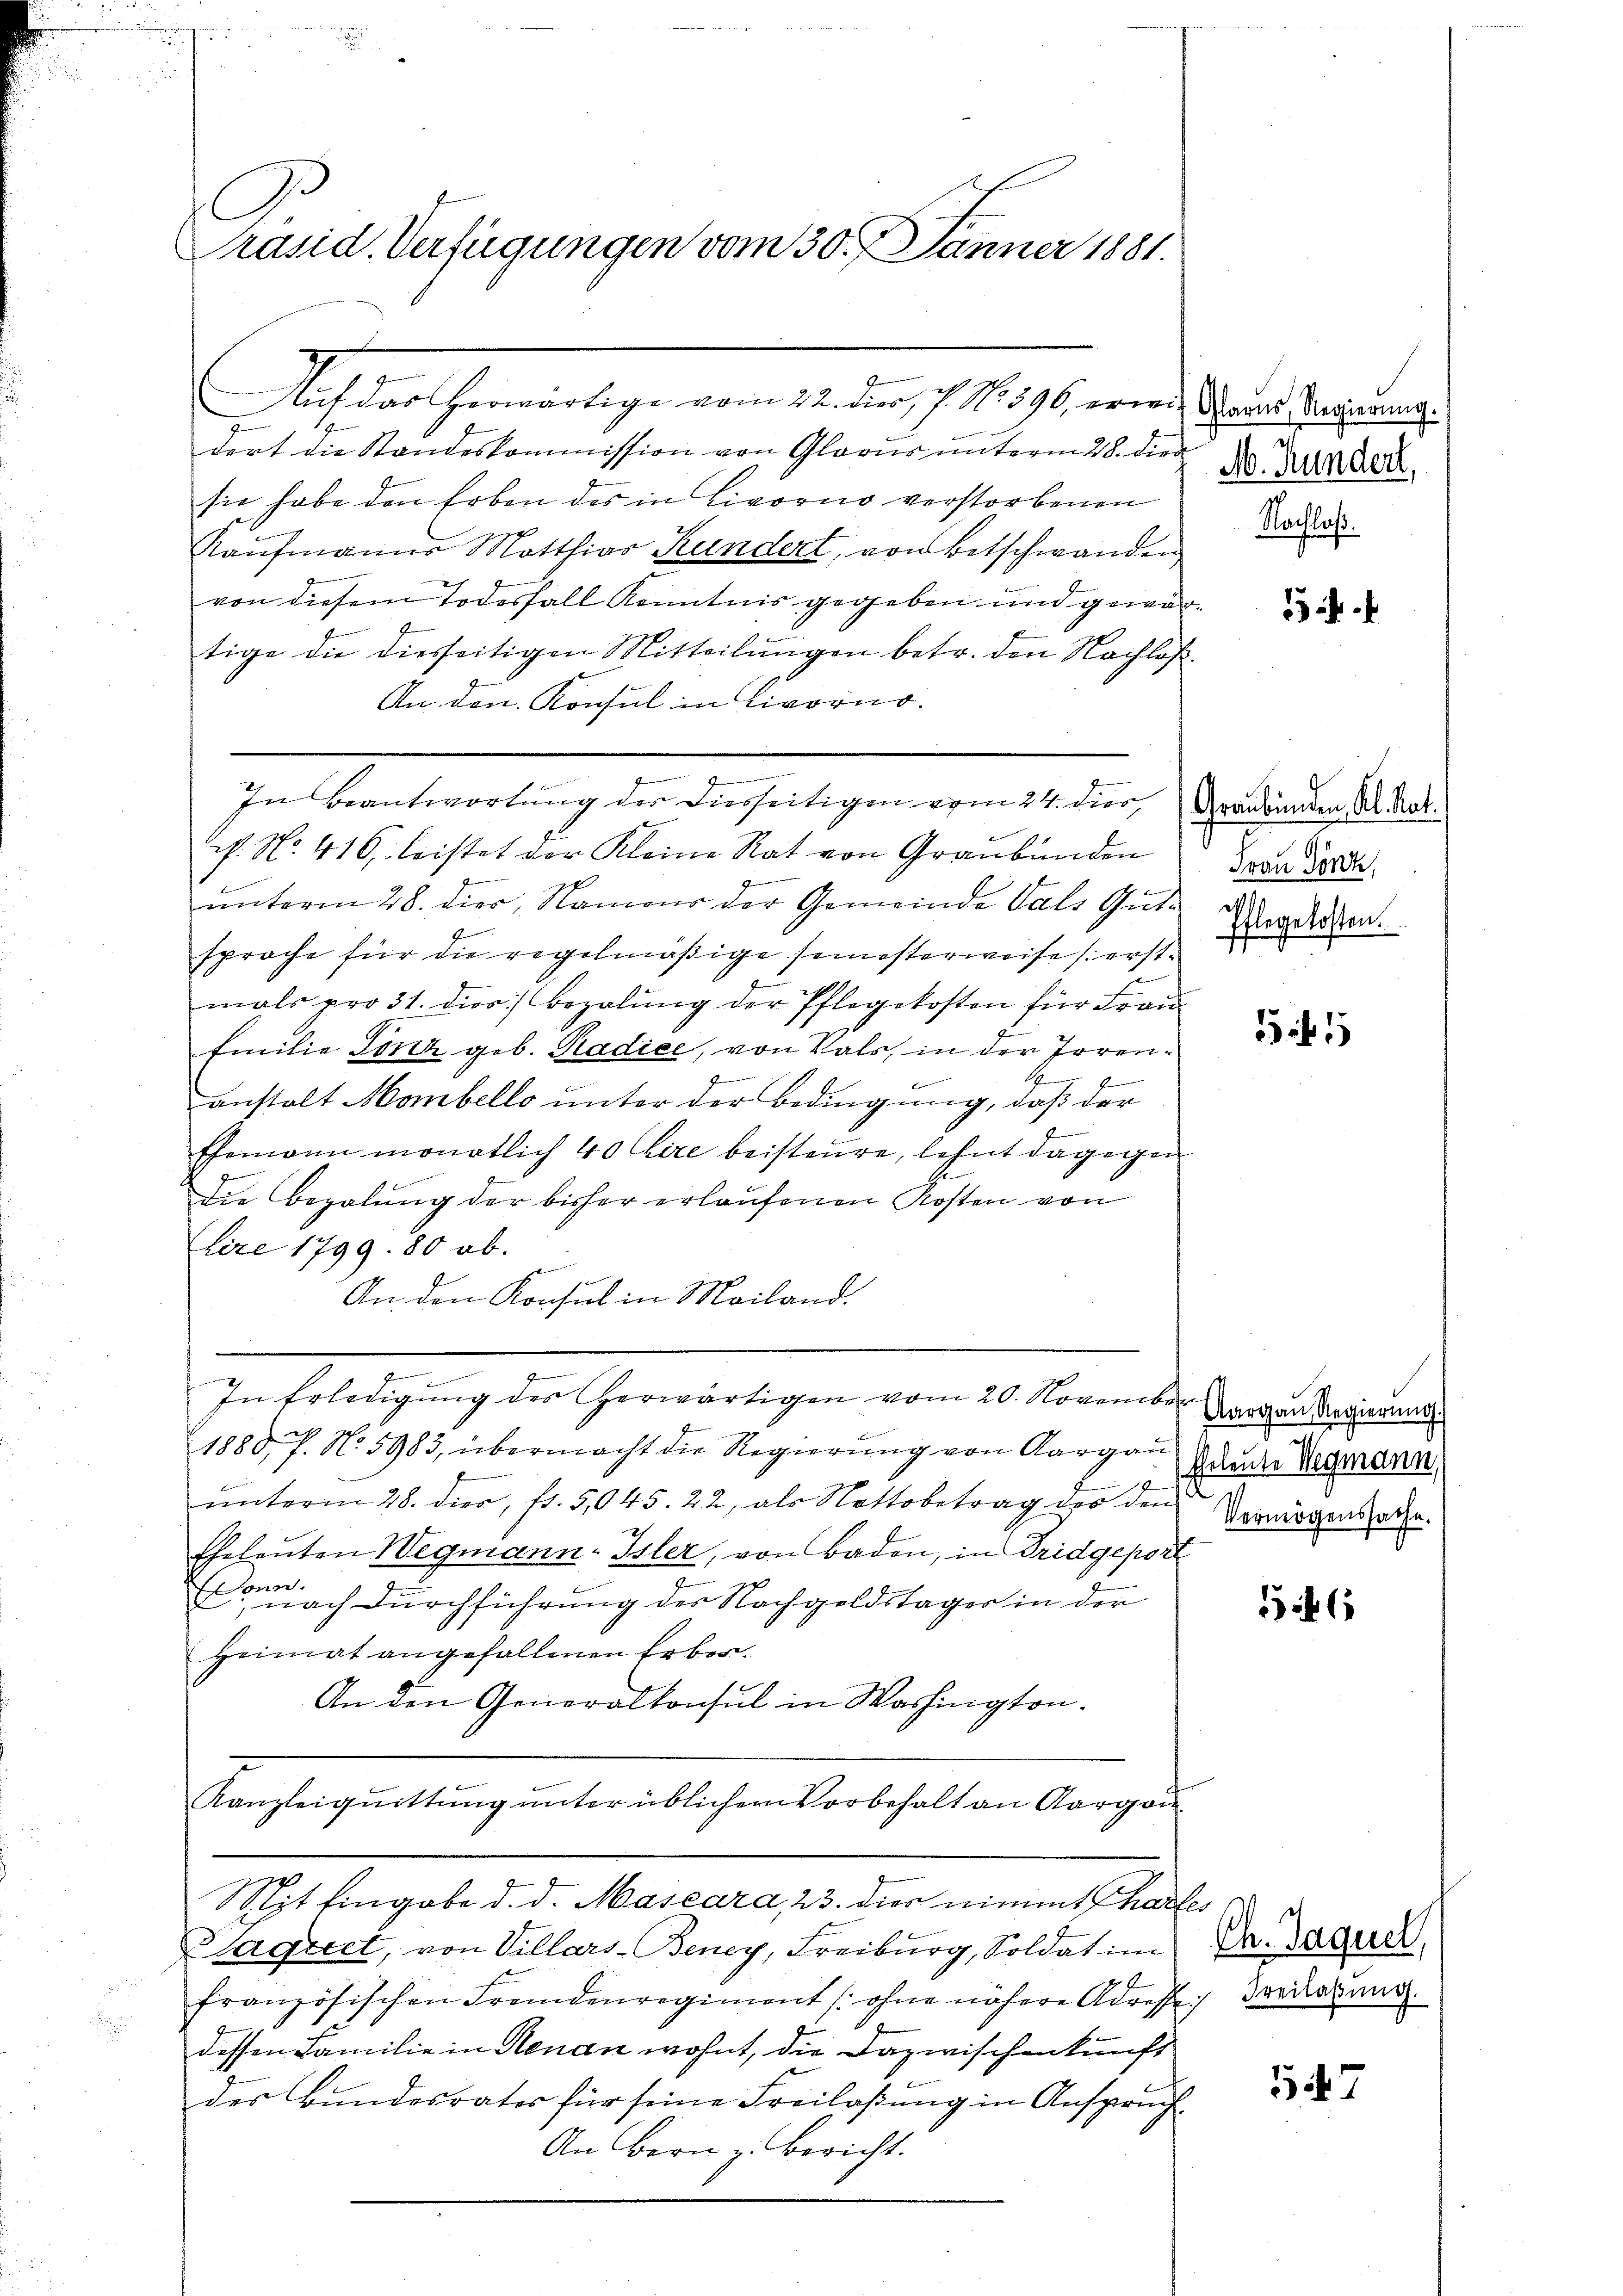
Präsid. Verfügungen vom 30. Jänner 1881.

dert die Standeskommission von Glasur unterm 28. die 10. Jura.
sie habe den Erben des in Livorno verstorbenen
Kaufmanns Motthias Kundert, von Betschwanden
von diesem Todesfall Kenntnis gegeben und gewärtige die diesseitigen Mitteilungen betr. den Nachlos
An den Konsul in Livorno.
cf. No. 416, leistet der Kleine Rat von Graubünden
te
unterm 28. dier, Namens der Gemeinde Vals Gute Verdiesen.
sproche für die regelmäßige semesterweise (erstmals pro 31. dies Bezahlŭng der Pflegekosten für Frau
Emilie Tanz geb. Radice, von Vals, in der Irrenanstalt Mabello unter der Bedingung, daß der
b
Ehemann monatlich 40 lire beisteure, lehnt dagegen
die Bezalung der bisher erlaufenen Kosten von
Lire 1799. 80 ob.
e
An den Konsul in Mailand.
.
In Erledigŭng des herwärtigen vom 20. November
1888 f. No. 5983, übermacht die Regierŭng von Aargau
1
I
ŭnterm 28. dier, fl. 5,045. 22, als Nottobetrag des den
Eheleuten Wegmann-Isler, von Baden, in Tridgeport
Edonn
nach Durchführung der Nachgeldstages in der
Heimat angefallenen Erben.
An den Generalkonsul in Washington.
Kanzleiquittung unter üblichen Vorbehalt an Aargau
Mit Eingabe d. d. Mascara, 23. dies nimmt Charfes
Slagret, von Villars-Beney, Freiburg, Soldat im
französischen Fremdenregiment (ohne nähere Adresse;
dessen Familie in Renan wohnt, die Dazwischenkunft
des Bundesrates für seine Freilaßung in Anspruch.
An Bern z. Bericht.

.
In Beantwortŭng der diesseitigen vom 24. dier, Graubünden S. Rat.

Asses heranlage von der auch nichte und der die eine

Nachlaß.

Frau Dönz,

1

Aargau, Regierung
Eheleute Wegmann,
Vermögenssache.

546

547

Ch. Jaquel,
Freilassung.